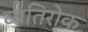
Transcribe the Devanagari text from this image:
व्यतिरोक